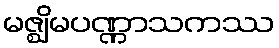
မဇ္ဈိမပဏ္ဏာသကဿ